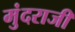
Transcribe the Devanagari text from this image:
मुंदराजी